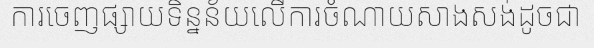
ការចេញផ្សាយទិន្នន័យលើការចំណាយសាងសង់ដូចជា